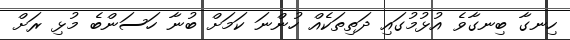
ހިނގާ ބިނގާވެ އުޅުމުގައި ދަތިތަކެއް ހުންނަ ކަމަށް ބުނާ ހަސަންބެ މުޅި ރަށް